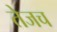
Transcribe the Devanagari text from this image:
तेजच